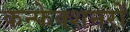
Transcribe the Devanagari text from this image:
कन्फेक्शनरों